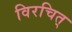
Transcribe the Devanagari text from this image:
विरचित्